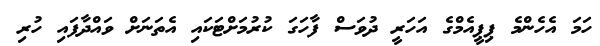
ހަމަ އެހެންމެ ޕިޕީއެމްގެ އަހަރީ ދުވަސް ފާހަގަ ކުރުމަށްޓަކައި އެތަނަށް ވައްދާފައި ހުރި